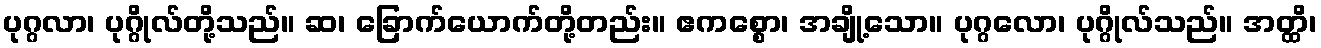
ပုဂ္ဂလာ၊ ပုဂ္ဂိုလ်တို့သည်။ ဆ၊ ခြောက်ယောက်တို့တည်း။ ဧကစ္စော၊ အချို့သော။ ပုဂ္ဂလော၊ ပုဂ္ဂိုလ်သည်။ အတ္ထိ၊